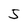
Character: 5